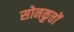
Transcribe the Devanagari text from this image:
सोनकुत्तों